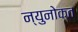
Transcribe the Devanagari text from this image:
न्युनोक्त